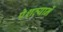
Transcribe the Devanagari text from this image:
पेशव्यानें